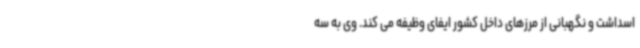
اسداشت و نگهبانی از مرزهای داخل کشور ایفای وظیفه می کند. وی به سه